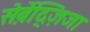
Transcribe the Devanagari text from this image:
स़ेर्बेद्ज़िजा